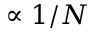
\propto 1 / N